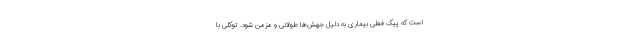
است که پیک فعلی بیماری به دلیل جهش‌ها طولانی و مزمن شود. توکلی با